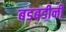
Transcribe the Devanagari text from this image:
बडबडीनी